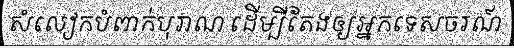
សំលៀកបំពាក់បុរាណ ដើម្បីតែងឲ្យអ្នកទេសចរណ៍